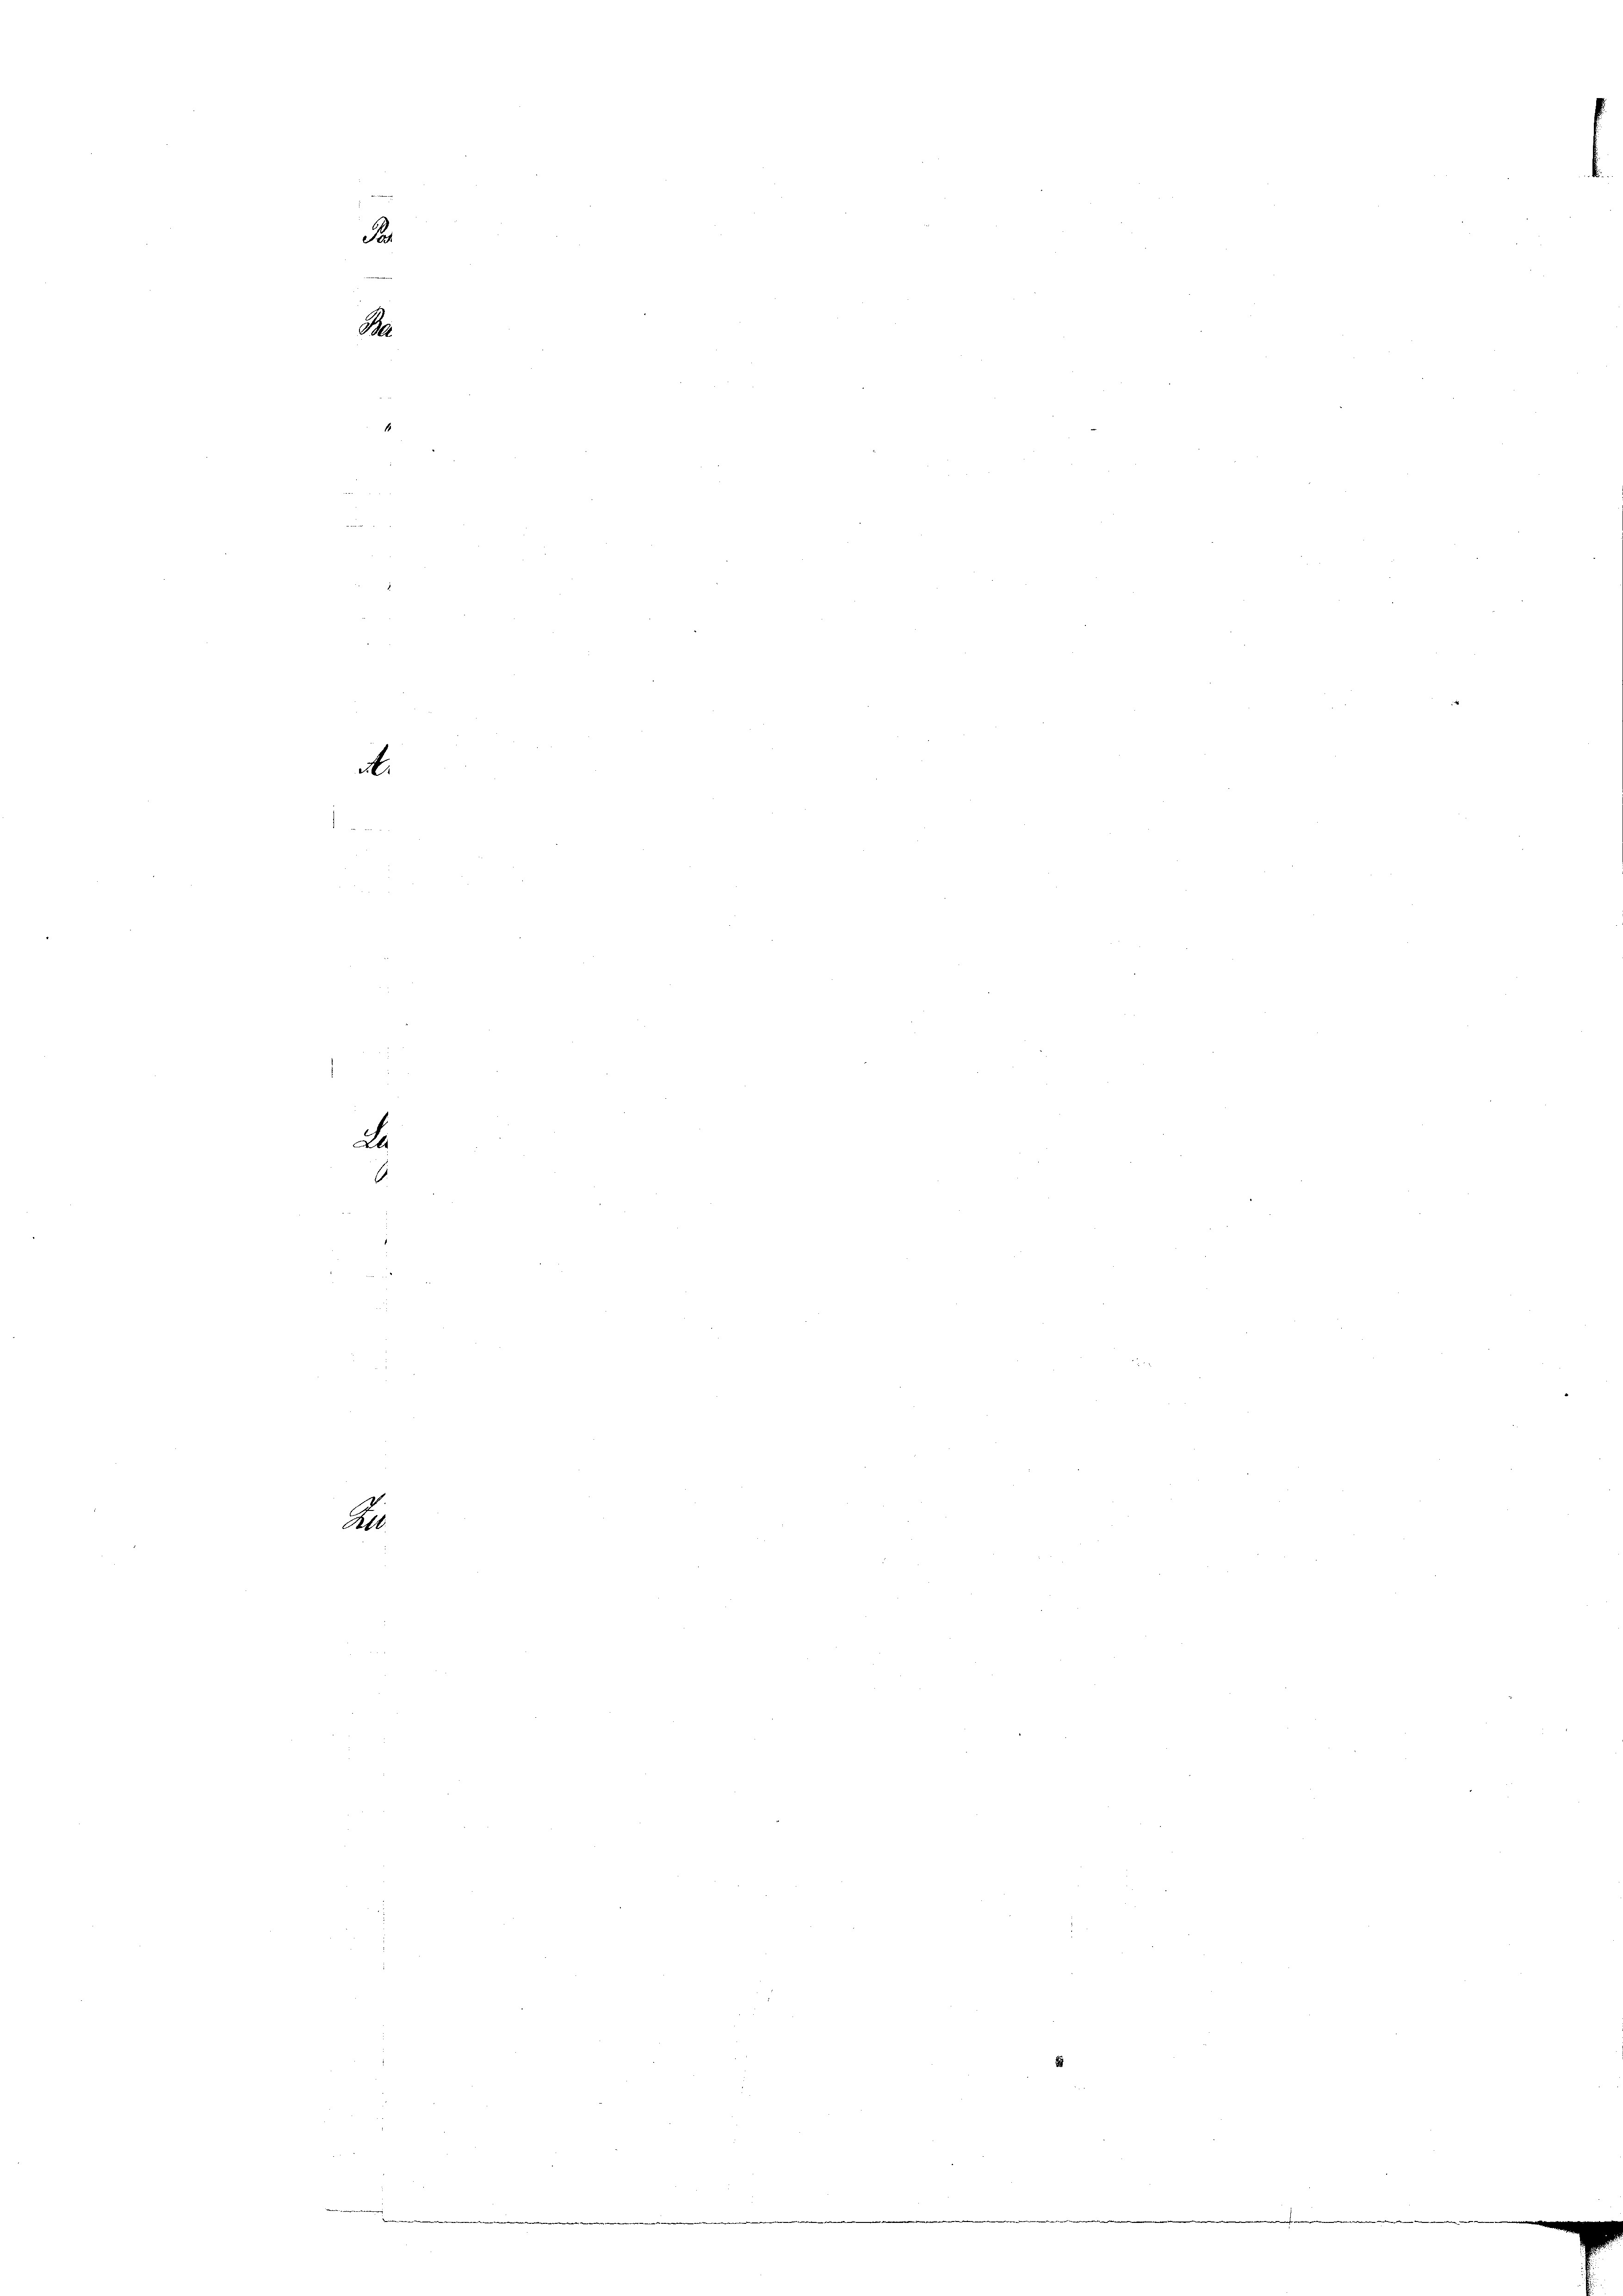
e
Par
114

S

Al

ab

L

6

e